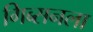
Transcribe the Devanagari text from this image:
गिब्सनला